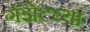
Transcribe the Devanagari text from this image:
गॅझेटच्या